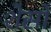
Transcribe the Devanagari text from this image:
शेसो